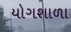
યોગશાળા